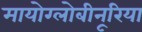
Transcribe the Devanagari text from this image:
मायोग्लोबीनूरिया